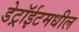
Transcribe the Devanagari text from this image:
डेट्रॉईटमधील